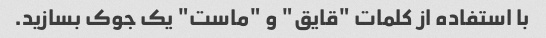
با استفاده از کلمات "قایق" و "ماست" یک جوک بسازید.